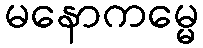
မနောကမ္မေ